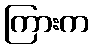
ကြားက